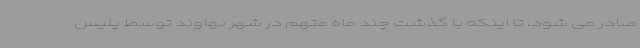
صادر می شود، تا اینکه با گذشت چند ماه متهم در شهر نهاوند توسط پلیس